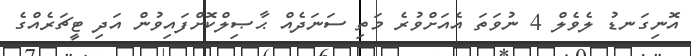
އޮނިގަނޑު ލެވެލް 4 ނުވަތަ އެއަށްވުރެ މަތި ސަނަދެއް ޙާޞިލްކޮށްފައިވުން އަދި ޓީޗަރެއްގެ